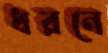
ধরনে